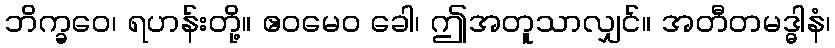
ဘိက္ခဝေ၊ ရဟန်းတို့။ ဧဝမေဝ ခေါ၊ ဤအတူသာလျှင်။ အတီတမဒ္ဓါနံ၊